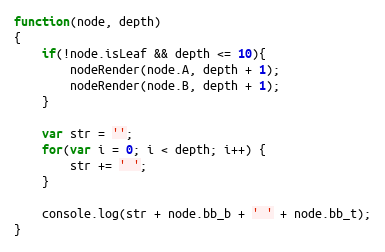
Language: JavaScript
function(node, depth)
{
    if(!node.isLeaf && depth <= 10){
        nodeRender(node.A, depth + 1);
        nodeRender(node.B, depth + 1);
    }

    var str = '';
    for(var i = 0; i < depth; i++) {
        str += ' ';
    }

    console.log(str + node.bb_b + ' ' + node.bb_t);
}